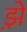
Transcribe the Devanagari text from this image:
झ़े